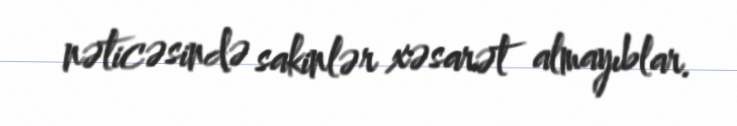
nəticəsində sakinlər xəsarət almayıblar.